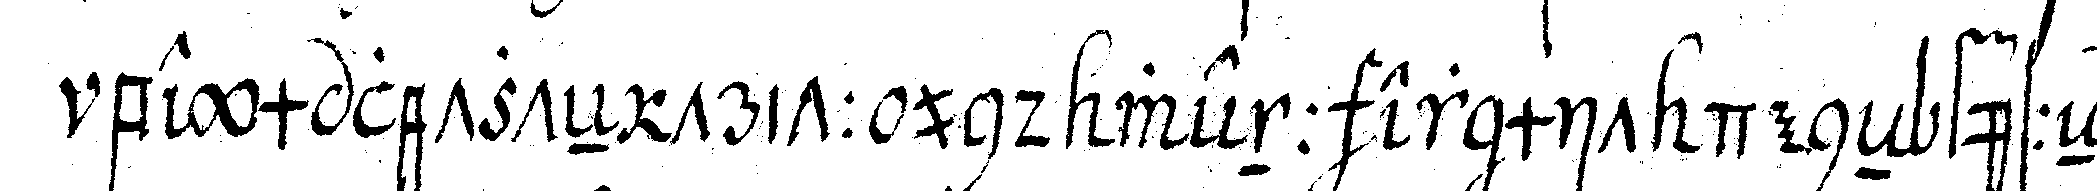
beym letzteN tritt und wenn er mit deneN füsseN